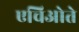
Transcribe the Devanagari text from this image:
एचिओते